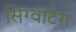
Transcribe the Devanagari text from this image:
सिग्वाटेरा